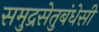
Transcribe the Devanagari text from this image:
समुद्रसेतुबंधेसी